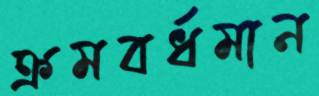
ক্রমবর্ধমান